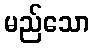
မည်သော